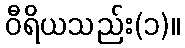
ဝီရိယသည်း(၁)။